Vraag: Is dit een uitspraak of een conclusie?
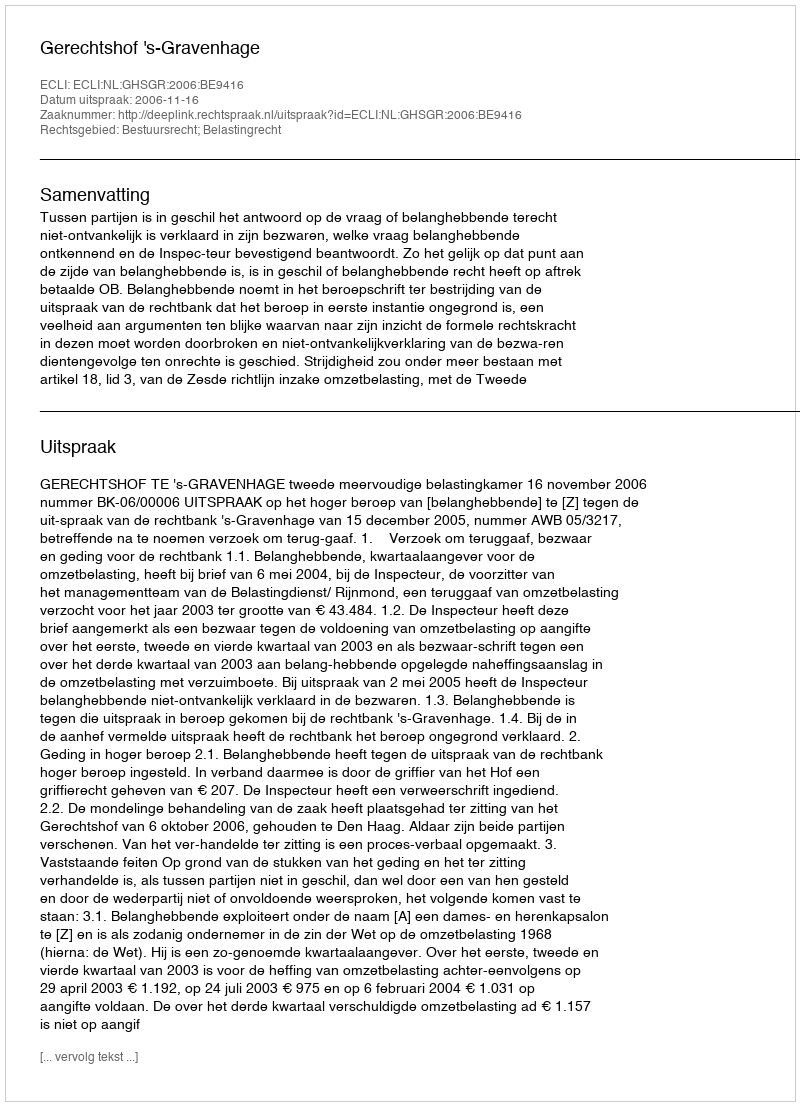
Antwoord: Uitspraak